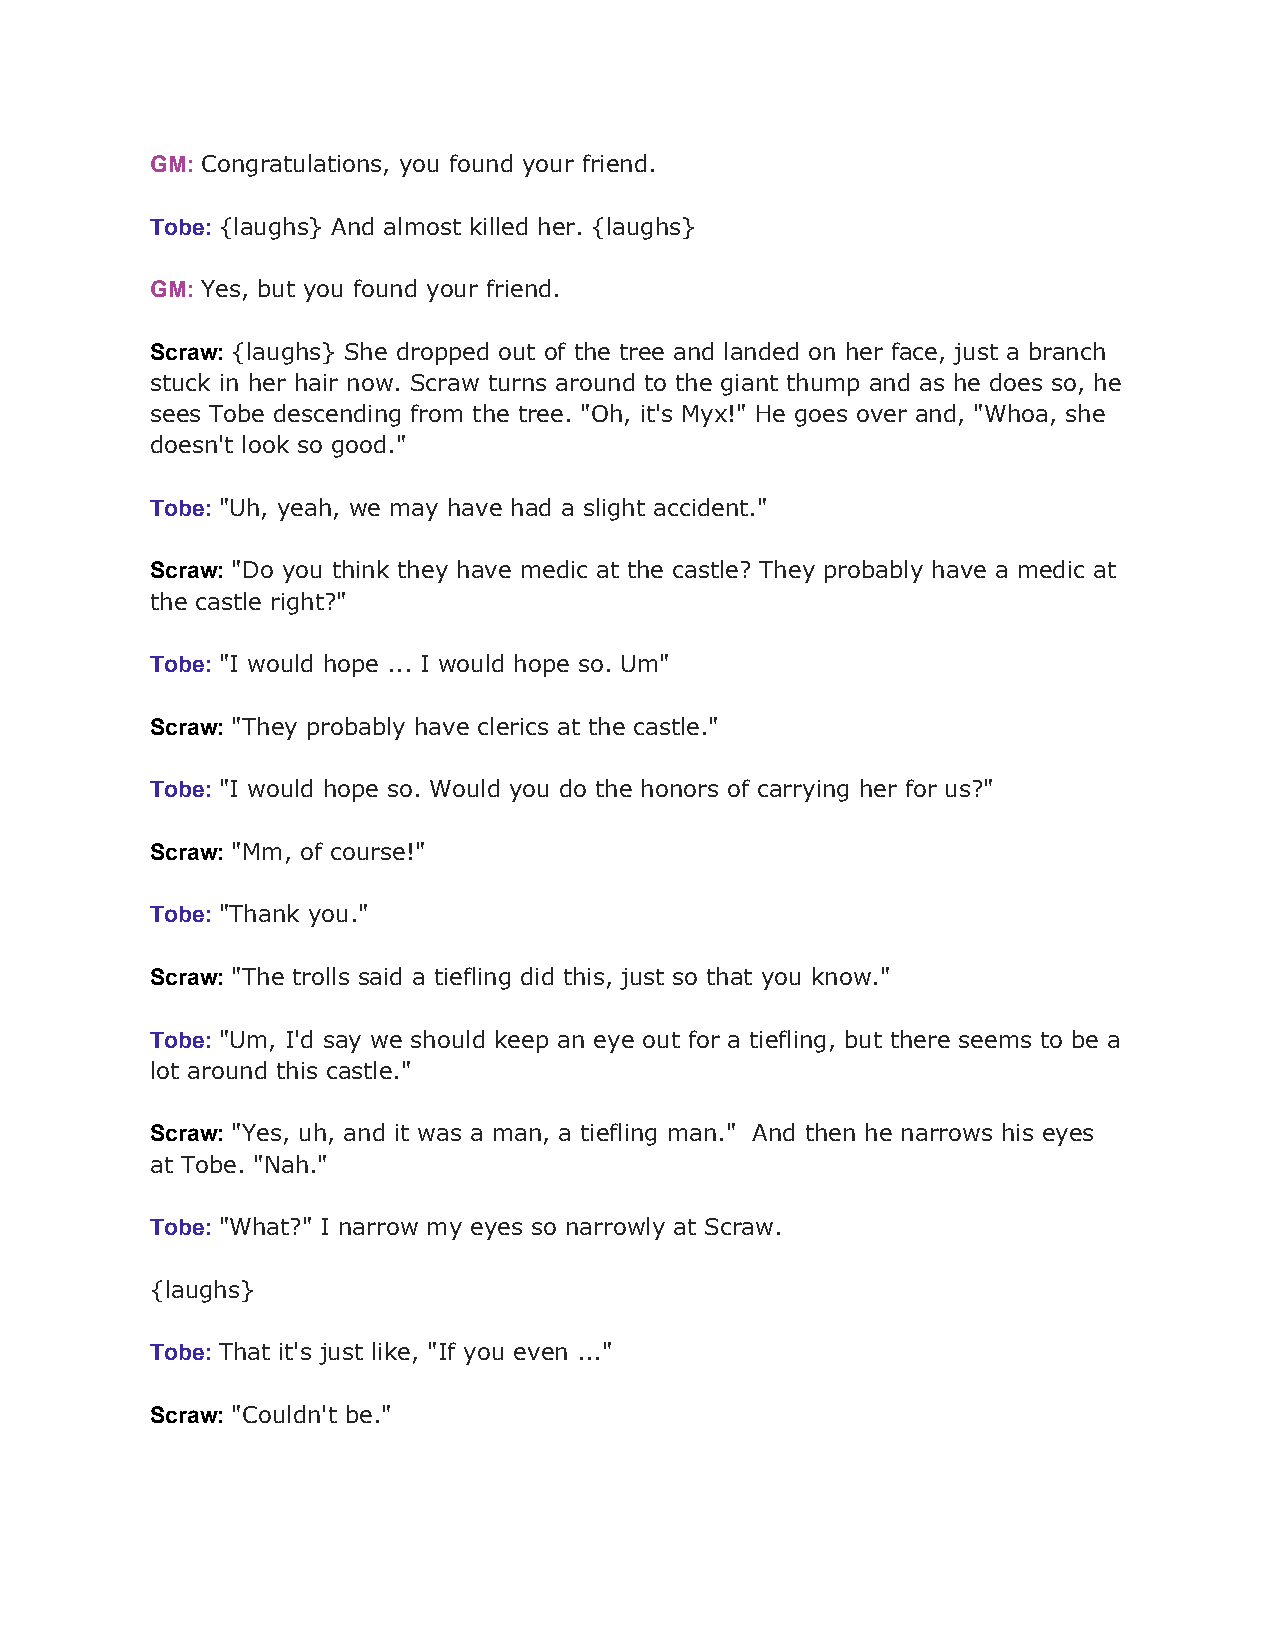
GM: Congratulations, you found your friend.
 ​
 Tobe: {laughs} And almost killed her. {laughs}
 ​
 GM: Yes, but you found your friend.
 ​
 Scraw: {laughs} She dropped out of the tree and landed on her face, just a branch
 ​
 stuck in her hair now. Scraw turns around to the giant thump and as he does so, he
 sees Tobe descending from the tree. "Oh, it's Myx!" He goes over and, "Whoa, she
 doesn't look so good."
 Tobe: "Uh, yeah, we may have had a slight accident."
 ​
 Scraw: "Do you think they have medic at the castle? They probably have a medic at
 ​
 the castle right?"
 Tobe: "I would hope ... I would hope so. Um"
 ​
 Scraw: "They probably have clerics at the castle."
 ​
 Tobe: "I would hope so. Would you do the honors of carrying her for us?"
 ​
 Scraw: "Mm, of course!"
 ​
 Tobe: "Thank you."
 ​
 Scraw: "The trolls said a tiefling did this, just so that you know."
 ​
 Tobe: "Um, I'd say we should keep an eye out for a tiefling, but there seems to be a
 ​
 lot around this castle."
 Scraw: "Yes, uh, and it was a man, a tiefling man." And then he narrows his eyes
 ​
 at Tobe. "Nah."
 Tobe: "What?" I narrow my eyes so narrowly at Scraw.
 ​
 {laughs}
 Tobe: That it's just like, "If you even ..."
 ​
 Scraw: "Couldn't be."
 ​